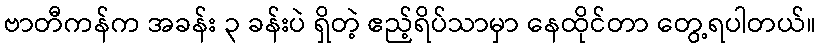
ဗာတီကန်က အခန်း ၃ ခန်းပဲ ရှိတဲ့ ဧည့်ရိပ်သာမှာ နေထိုင်တာ တွေ့ရပါတယ်။